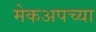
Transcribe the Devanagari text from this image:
मेकअपच्या